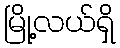
မြို့လယ်ရှိ